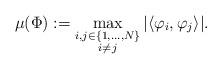
LaTeX: \begin{align*}\mu(\Phi):=\max_{\substack{i,j\in\{1,\ldots,N\}\\i\neq j}}|\langle \varphi_i,\varphi_j\rangle|.\end{align*}